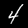
Label: 4